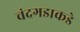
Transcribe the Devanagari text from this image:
चंदगडाकडे